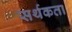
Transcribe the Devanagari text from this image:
सर्थकता